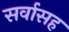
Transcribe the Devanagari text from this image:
सर्वासह